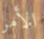
الأمر